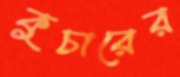
কুচারের